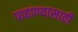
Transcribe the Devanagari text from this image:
पाहाण्यासाठी